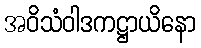
အဝိသံဝါဒကဋ္ဌာယိနော